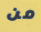
من